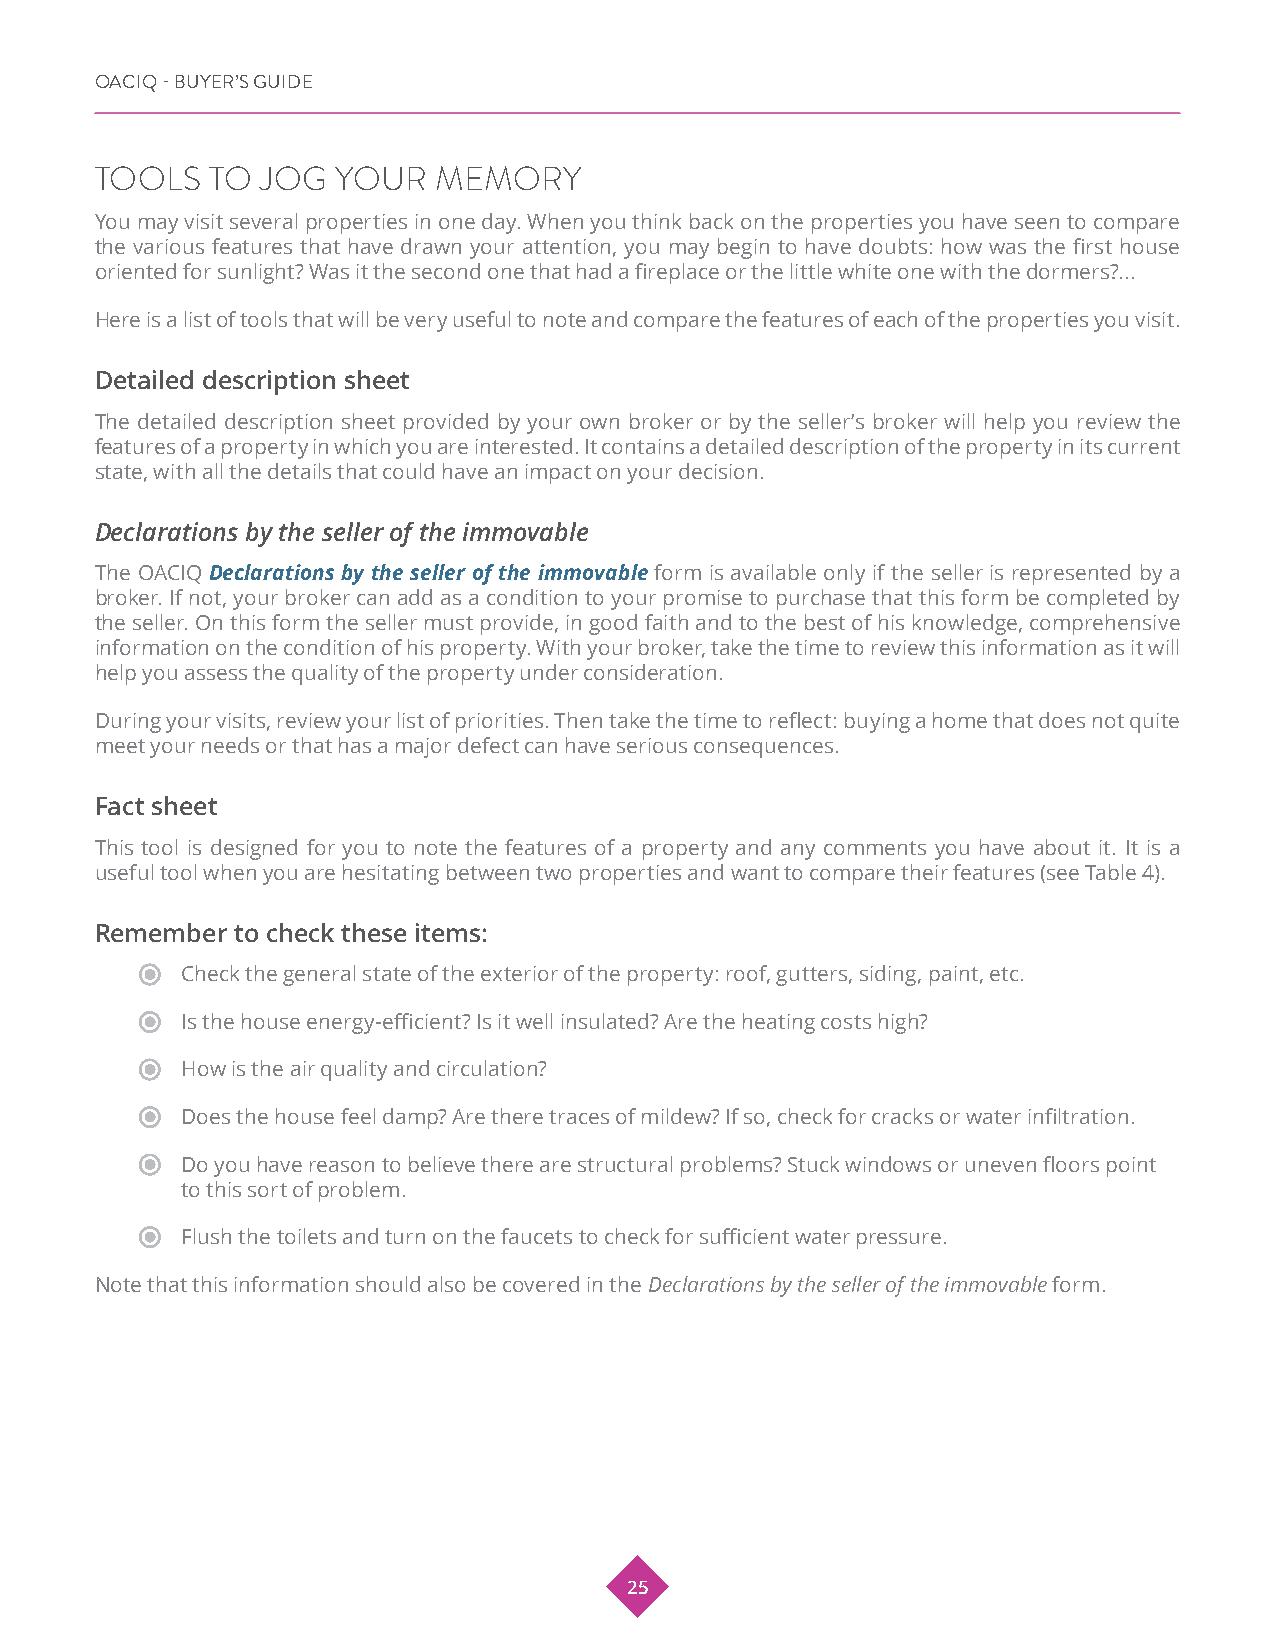
OACIQ - BUYER’S GUIDE
 TOOLS   TO JOG  YOUR   MEMORY
 You may visit several properties in one day. When you think back on the properties you have seen to compare
 the various features that have drawn your attention, you may begin to have doubts: how was the first house
 oriented for sunlight? Was it the second one that had a fireplace or the little white one with the dormers?...
 Here is a list of tools that will be very useful to note and compare the features of each of the properties you visit.
 Detailed description sheet
 The detailed description sheet provided by your own broker or by the seller’s broker will help you review the
 features of a property in which you are interested. It contains a detailed description of the property in its current
 state, with all the details that could have an impact on your decision.
 Declarations by the seller of the immovable
 The OACIQ Declarations by the seller of the immovable form is available only if the seller is represented by a
 broker. If not, your broker can add as a condition to your promise to purchase that this form be completed by
 the seller. On this form the seller must provide, in good faith and to the best of his knowledge, comprehensive
 information on the condition of his property. With your broker, take the time to review this information as it will
 help you assess the quality of the property under consideration.
 During your visits, review your list of priorities. Then take the time to reflect: buying a home that does not quite
 meet your needs or that has a major defect can have serious consequences.
 Fact sheet
 This tool is designed for you to note the features of a property and any comments you have about it. It is a
 useful tool when you are hesitating between two properties and want to compare their features (see Table 4).
 Remember to check these items:
 Check the general state of the exterior of the property: roof, gutters, siding, paint, etc.
 Is the house energy-efficient? Is it well insulated? Are the heating costs high?
 How is the air quality and circulation?
 Does the house feel damp? Are there traces of mildew? If so, check for cracks or water infiltration.
 Do you have reason to believe there are structural problems? Stuck windows or uneven floors point
 to this sort of problem.
 Flush the toilets and turn on the faucets to check for sufficient water pressure.
 Note that this information should also be covered in the Declarations by the seller of the immovable form.
 25